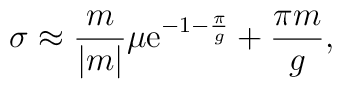
\sigma \approx {m \over |m|} \mu {\rm e}^{-1-{\pi \over g}}+{\pi m \over g},